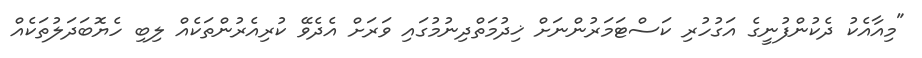
"މިއާއެކު ދެކުންފުނީގެ އަގުހުރި ކަސްޓަމަރުންނަށް ޚިދުމަތްދިނުމުގައި ވަރަށް އެދެވޭ ކުރިއެރުންތަކެއް ލިބި ހެޔޮބަދަލުތަކެއް